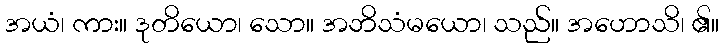
အယံ၊ ကား။ ဒုတိယော၊ သော။ အဘိသံမယော၊ သည်။ အဟောသိ၊ ၏။